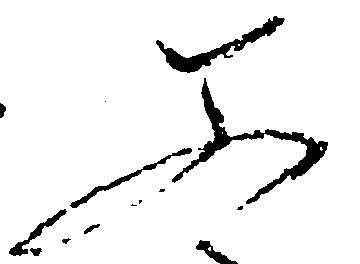
父